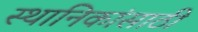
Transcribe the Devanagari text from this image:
स्थानिकांसाठी